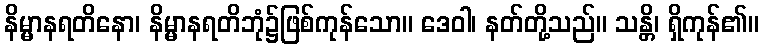
နိမ္မာနရတိနော၊ နိမ္မာနရတိဘုံ၌ဖြစ်ကုန်သော။ ဒေဝါ၊ နတ်တို့သည်။ သန္တိ၊ ရှိကုန်၏။